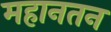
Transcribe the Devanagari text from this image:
महानतन